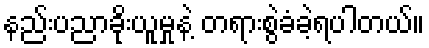
နည်းပညာခိုးယူမှုနဲ့ တရားစွဲခံခဲ့ရပါတယ်။